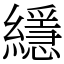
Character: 䌥